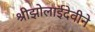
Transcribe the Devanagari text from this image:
श्रीझोलाईदेवीने